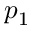
p _ { 1 }